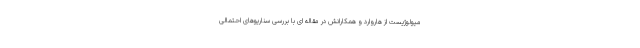
میولوژیست از هاروارد و همکارانش در مقاله ای با بررسی سناریوهای احتمالی